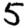
Digit: 5